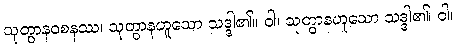
သုတွာနဝစနဿ၊ သုတွာနဟူသော သဒ္ဒါ၏။ ဝါ၊ သုတွာနဟူသော သဒ္ဒါ၏၊ ဝါ၊